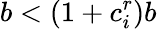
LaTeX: b<(1+c_{i}^{r})b